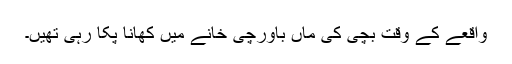
واقعے کے وقت بچی کی ماں باورچی خانے میں کھانا پکا رہی تھیں۔